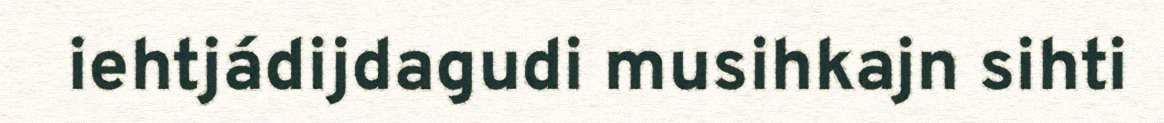
iehtjádijdagudi musihkajn sihti